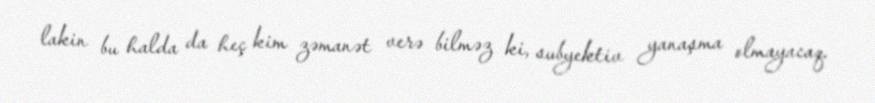
lakin bu halda da heç kim zəmanət verə bilməz ki, subyektiv yanaşma olmayacaq.